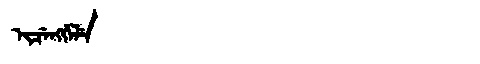
Manchu: ᡳᠴᡝᠩᡤᡝᠯᡝ
Romanization: ICENGGELE